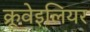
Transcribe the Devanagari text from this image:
क्रूवेइलियर